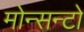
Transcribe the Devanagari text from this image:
मोन्सन्टो